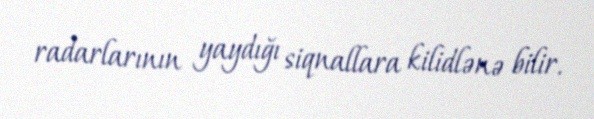
radarlarının yaydığı siqnallara kilidlənə bilir.